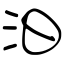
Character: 汩